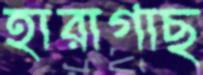
হারাগাছ